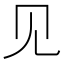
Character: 见